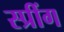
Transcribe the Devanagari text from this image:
स्प्रींग